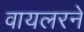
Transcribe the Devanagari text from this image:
वायलरने